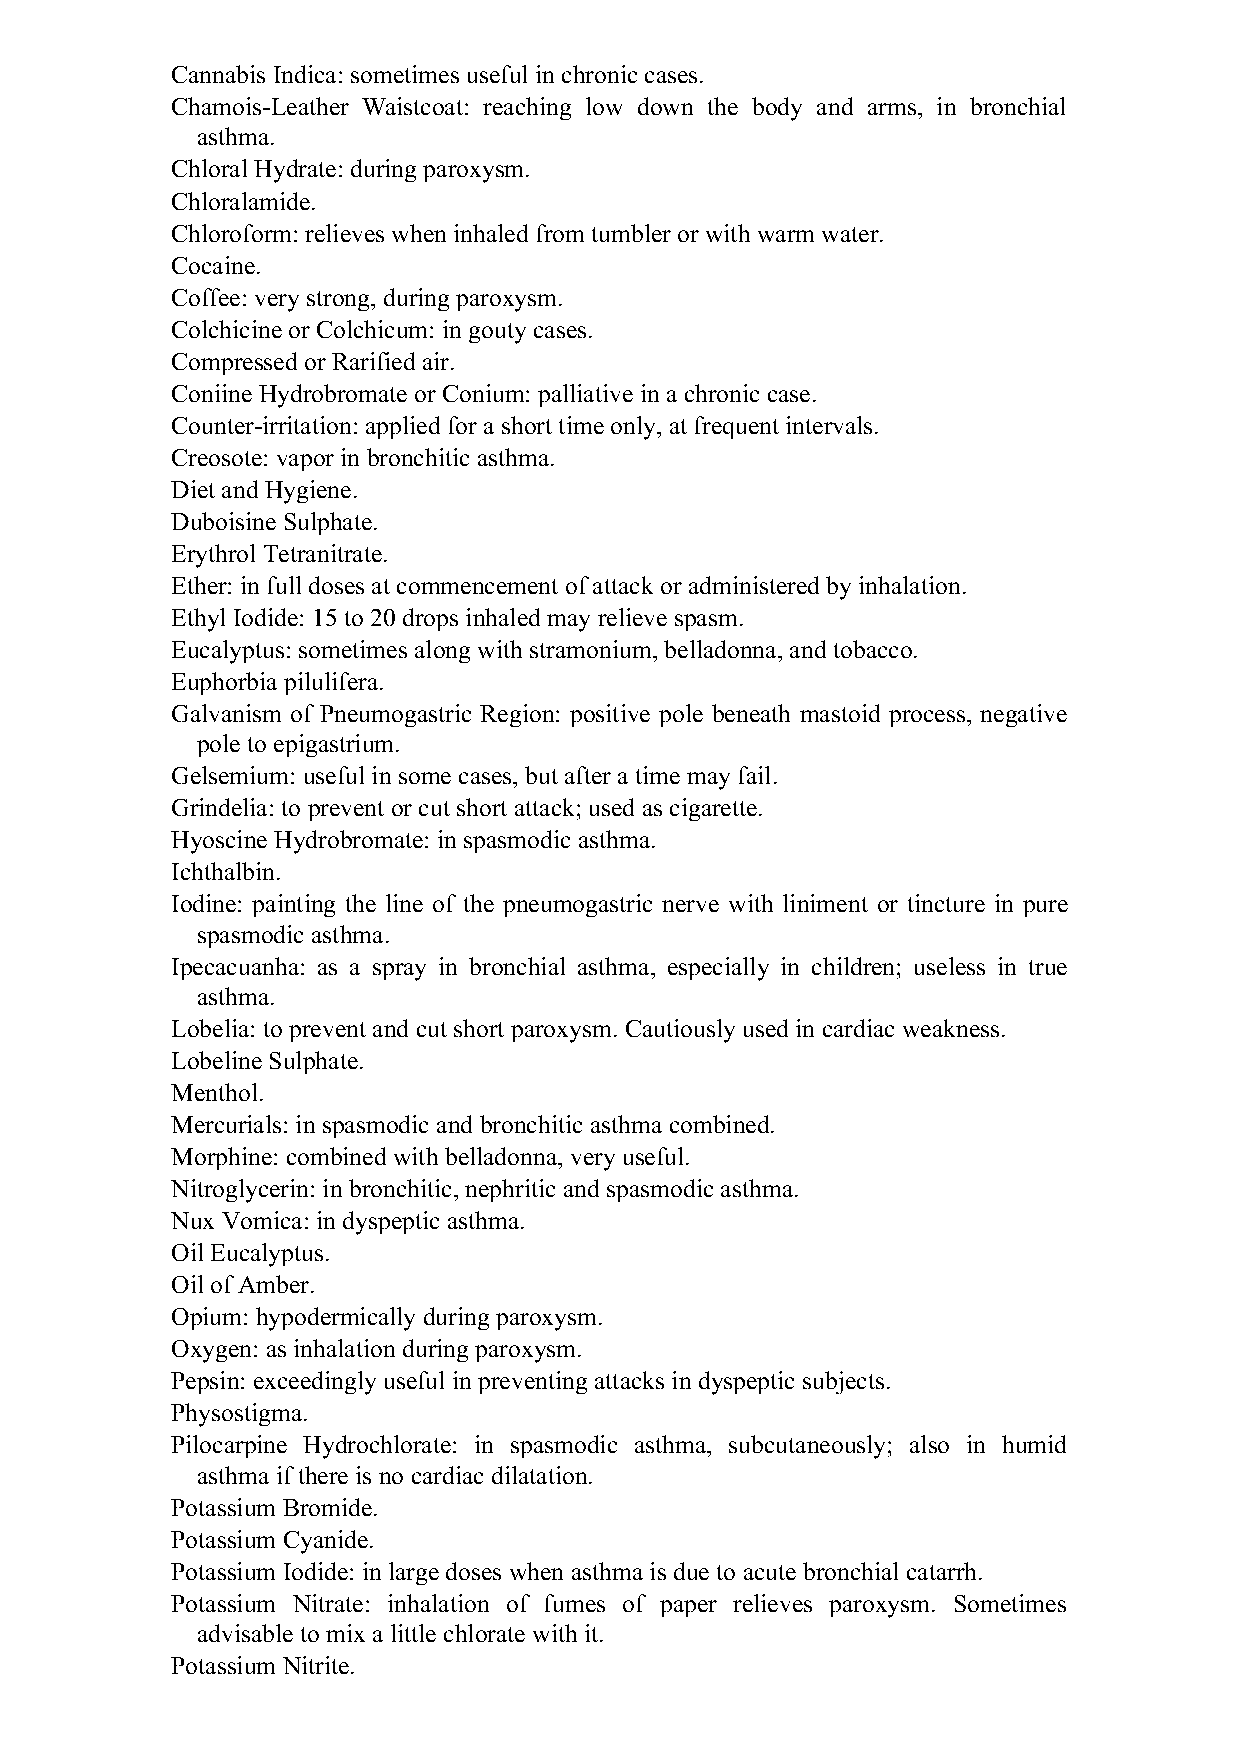
Cannabis Indica: sometimes useful in chronic cases.
 Chamois-Leather Waistcoat: reaching low down the body and arms, in bronchial
 asthma.
 Chloral Hydrate: during paroxysm.
 Chloralamide.
 Chloroform: relieves when inhaled from tumbler or with warm water.
 Cocaine.
 Coffee: very strong, during paroxysm.
 Colchicine or Colchicum: in gouty cases.
 Compressed or Rarified air.
 Coniine Hydrobromate or Conium: palliative in a chronic case.
 Counter-irritation: applied for a short time only, at frequent intervals.
 Creosote: vapor in bronchitic asthma.
 Diet and Hygiene.
 Duboisine Sulphate.
 Erythrol Tetranitrate.
 Ether: in full doses at commencement of attack or administered by inhalation.
 Ethyl Iodide: 15 to 20 drops inhaled may relieve spasm.
 Eucalyptus: sometimes along with stramonium, belladonna, and tobacco.
 Euphorbia pilulifera.
 Galvanism of Pneumogastric Region: positive pole beneath mastoid process, negative
 pole to epigastrium.
 Gelsemium: useful in some cases, but after a time may fail.
 Grindelia: to prevent or cut short attack; used as cigarette.
 Hyoscine Hydrobromate: in spasmodic asthma.
 Ichthalbin.
 Iodine: painting the line of the pneumogastric nerve with liniment or tincture in pure
 spasmodic asthma.
 Ipecacuanha: as a spray in bronchial asthma, especially in children; useless in true
 asthma.
 Lobelia: to prevent and cut short paroxysm. Cautiously used in cardiac weakness.
 Lobeline Sulphate.
 Menthol.
 Mercurials: in spasmodic and bronchitic asthma combined.
 Morphine: combined with belladonna, very useful.
 Nitroglycerin: in bronchitic, nephritic and spasmodic asthma.
 Nux Vomica: in dyspeptic asthma.
 Oil Eucalyptus.
 Oil of Amber.
 Opium: hypodermically during paroxysm.
 Oxygen: as inhalation during paroxysm.
 Pepsin: exceedingly useful in preventing attacks in dyspeptic subjects.
 Physostigma.
 Pilocarpine Hydrochlorate: in spasmodic asthma, subcutaneously; also in humid
 asthma if there is no cardiac dilatation.
 Potassium Bromide.
 Potassium Cyanide.
 Potassium Iodide: in large doses when asthma is due to acute bronchial catarrh.
 Potassium Nitrate: inhalation of fumes of paper relieves paroxysm. Sometimes
 advisable to mix a little chlorate with it.
 Potassium Nitrite.